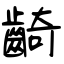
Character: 齮